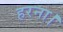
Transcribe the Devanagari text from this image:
हरना।